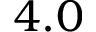
4 . 0